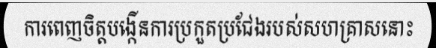
ការពេញចិត្តបង្កើនការប្រកួតប្រជែងរបស់សហគ្រាសនោះ